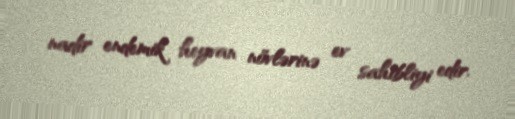
nadir endemik heyvan növlərinə ev sahibliyi edir.